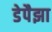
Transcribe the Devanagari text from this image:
डेपैझा